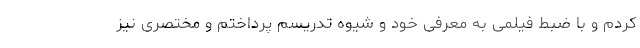
کردم و با ضبط فیلمی به معرفی خود و شیوه تدریسم پرداختم و مختصری نیز